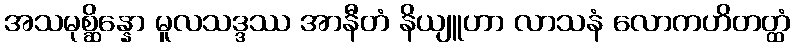
အသမုစ္ဆိန္နော မူလသဒ္ဒဿ အာနီတံ နိယျူဟာ လာသနံ လောကဟိတတ္ထံ